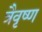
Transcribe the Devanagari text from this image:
त्रैवृष्ण